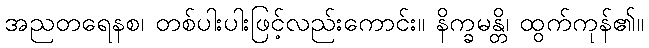
အညတရေနစ၊ တစ်ပါးပါးဖြင့်လည်းကောင်း။ နိက္ခမန္တိ၊ ထွက်ကုန်၏။